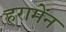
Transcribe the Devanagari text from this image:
हरामेंन